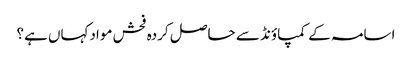
اسامہ کے کمپاؤنڈ سے حاصل کردہ فحش موادکہاں ہے؟